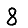
Digit: 8